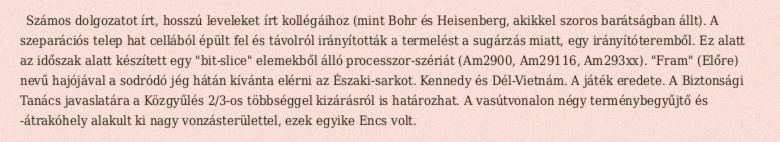
Számos dolgozatot írt, hosszú leveleket írt kollégáihoz (mint Bohr és Heisenberg, akikkel szoros barátságban állt). A szeparációs telep hat cellából épült fel és távolról irányították a termelést a sugárzás miatt, egy irányítóteremből. Ez alatt az időszak alatt készített egy "bit-slice" elemekből álló processzor-szériát (Am2900, Am29116, Am293xx). "Fram" (Előre) nevű hajójával a sodródó jég hátán kívánta elérni az Északi-sarkot. Kennedy és Dél-Vietnám. A játék eredete. A Biztonsági Tanács javaslatára a Közgyűlés 2/3-os többséggel kizárásról is határozhat. A vasútvonalon négy terménybegyűjtő és -átrakóhely alakult ki nagy vonzásterülettel, ezek egyike Encs volt.